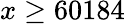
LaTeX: x\geq 60184